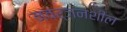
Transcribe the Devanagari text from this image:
नवर्जनशील